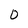
Character: 0